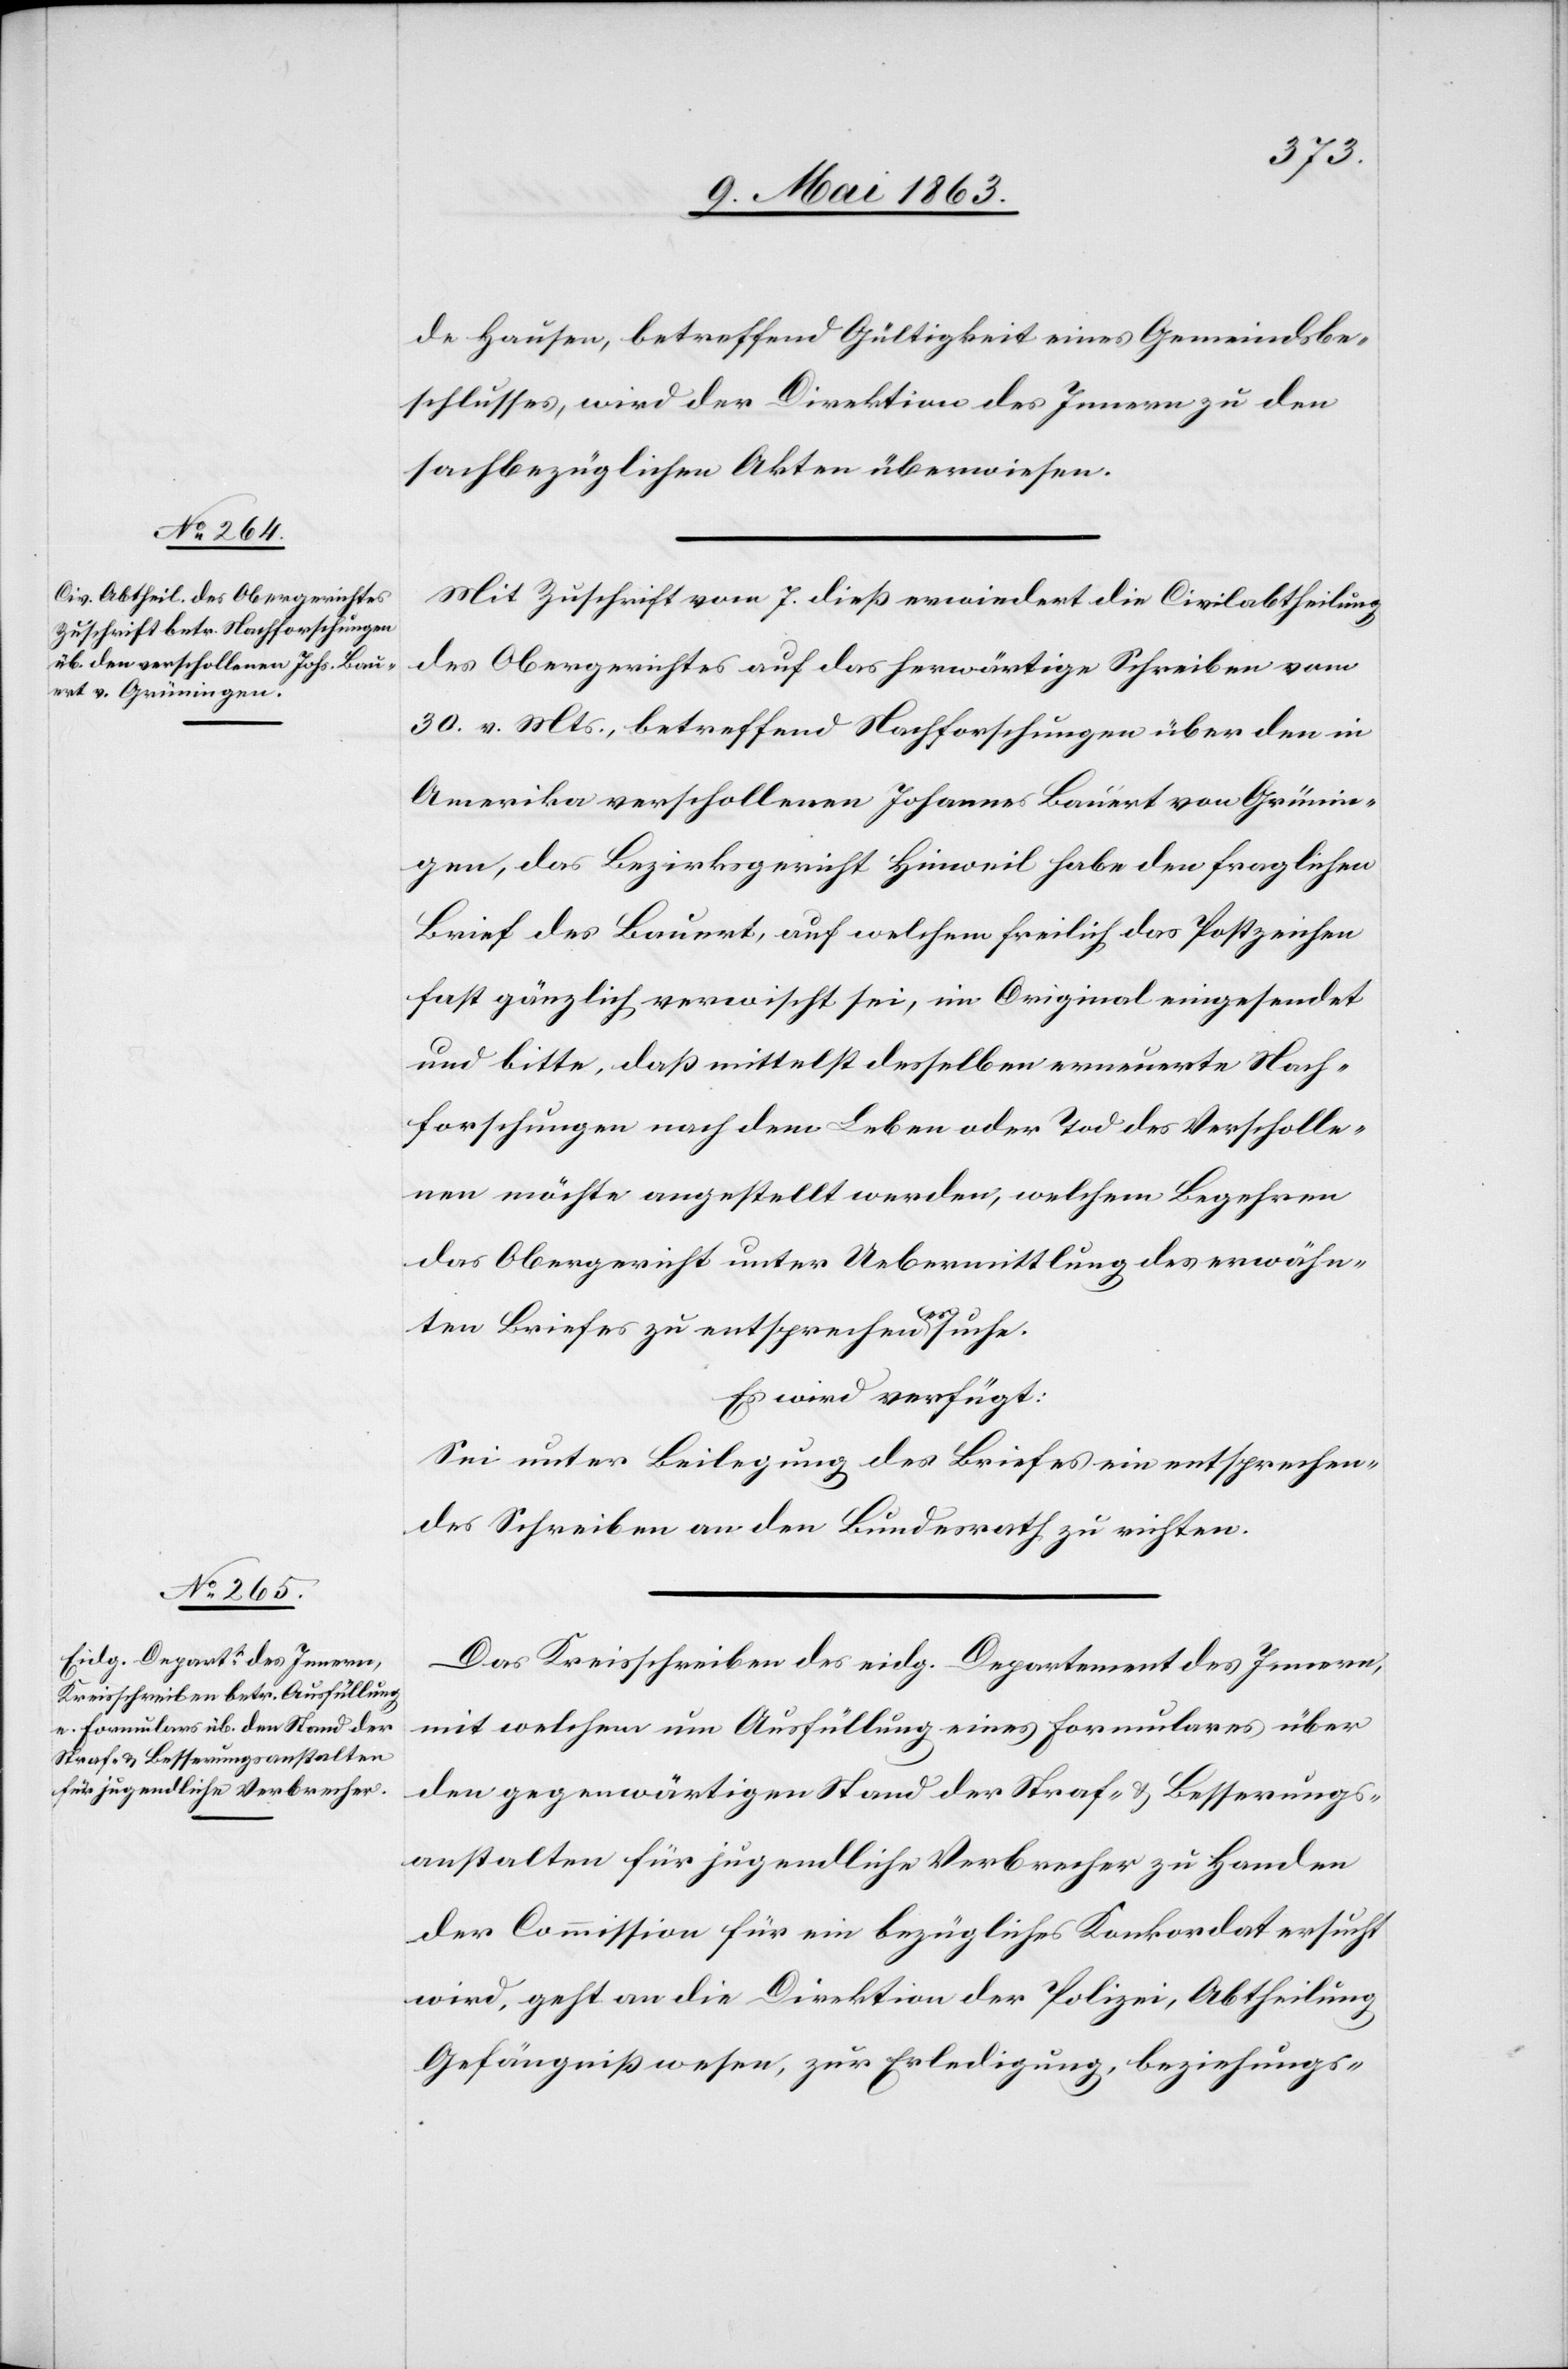
11. Mai 1863.]
den
de Hausen, betreffend Gültigkeit eines Gemeindsbe¬
schlusses, wird der Direktion des Innern zu den
sachbezüglichen Akten überwiesen.
Mit Zuschrift vom 7. dieß erwiedert die Civilabtheilung
des Obergerichtes auf das herwärtige Schreiben vom
30. v. Mts., betreffend Nachforschungen über den in
Amerika verschollenen Johannes Bauert von Grünin¬
gen, das Bezirksgericht Hinweil habe den fraglichen
Brief des Bauert, auf welchem freilich das Postzeichen
fast gänzlich verwischt sei, im Original eingesendet
und bitte, daß mittelst desselben erneuerte Nach¬
forschungen nach dem Leben oder Tod des Verscholle¬
nen möchte angestellt werden, welchem Begehren
das Obergericht unter Uebermittlung des erwähn¬
ten Briefes zu entsprechen ersuche.
Es wird verfügt:
Sei unter Beilegung des Briefes ein entsprechen¬
des Schreiben an den Bundesrath zu richten.
Das Kreisschreiben des eidg. Departement des Innern
mit welchem um Ausfüllung eines Formulares über
den gegenwärtigen Stand der Straf- & Besserungs¬
anstalten für jugendliche Verbrecher zu Handen
der Commission für ein bezügliches Konkordat ersucht
wird, geht an die Direktion der Polizei, Abtheilung
Gefängnißwesen, zur Erledigung, beziehungs-